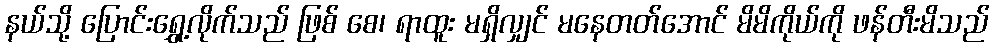
နယ်သို့ ပြောင်းရွှေ့လိုက်သည် ဖြစ် စေ၊ ရာထူး မရှိလျှင် မနေတတ်အောင် မိမိကိုယ်ကို ဖန်တီးမိသည်